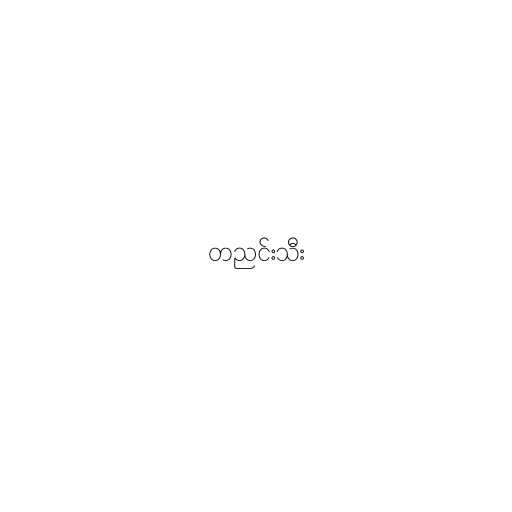
တညင်းသီး